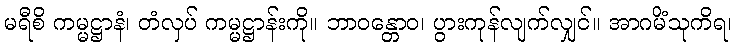
မရီစိ ကမ္မဋ္ဌာနံ၊ တံလှပ် ကမ္မဋ္ဌာန်းကို။ ဘာဝန္တောဝ၊ ပွားကုန်လျက်လျှင်။ အာဂမိံသုကိရ၊